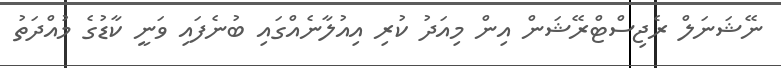
ނޭޝަނަލް ރެޖިސްޓްރޭޝަން އިން މިއަދު ކުރި އިއުލާނެއްގައި ބުނެފައި ވަނީ ކާޑުގެ މުއްދަތު